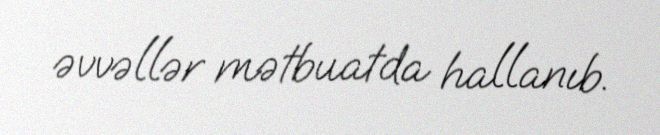
əvvəllər mətbuatda hallanıb.